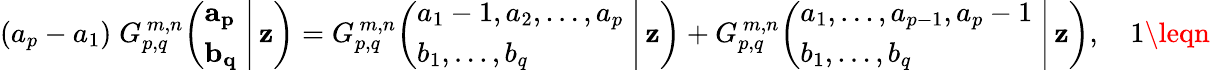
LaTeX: (a_{p}-a_{1})\; G_{p,q}^{\, m,n}\! \left(\left.{\begin{array}{l}{\mathbf{a_{p}}}\\ {\mathbf{b_{q}}}\end{array}}\; \right|\, \mathbf{z}\right)=G_{p,q}^{\, m,n}\! \left(\left.{\begin{array}{l}{a_{1}-1,a_{2},\dots,a_{p}}\\ {b_{1},\dots,b_{q}}\end{array}}\; \right|\, \mathbf{z}\right)+G_{p,q}^{\, m,n}\! \left(\left.{\begin{array}{l}{a_{1},\dots,a_{p-1},a_{p}-1}\\ {b_{1},\dots,b_{q}}\end{array}}\; \right|\, \mathbf{z}\right),\quad1\leqn